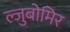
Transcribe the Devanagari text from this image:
ल्जुबोमिर